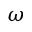
\omega